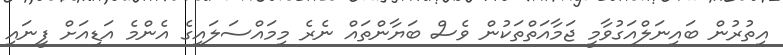
އިތުރުން ބައިނަލްއަގުވާމީ ޖަމާއަތްތަކުން ވެސް ބަޔާންތައް ނެރެ މިމައްސަލައިގެ އެންމެ އަޑިއަށް ފީނައި